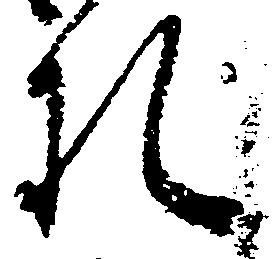
札